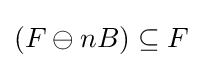
(F\ominus nB)\subseteq F